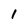
Character: 1